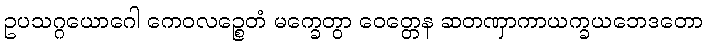
ဥပသဂ္ဂယောဂေါ ကေဝလဉ္စေတံ မက္ခေတွာ ဝေတ္တေန ဆတဏှာကာယက္ခယဘေဒတော